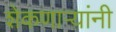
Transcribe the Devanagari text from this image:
शेकणार्‍यांनी